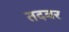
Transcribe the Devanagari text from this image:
तदबर